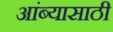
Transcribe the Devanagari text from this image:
आंब्यासाठी